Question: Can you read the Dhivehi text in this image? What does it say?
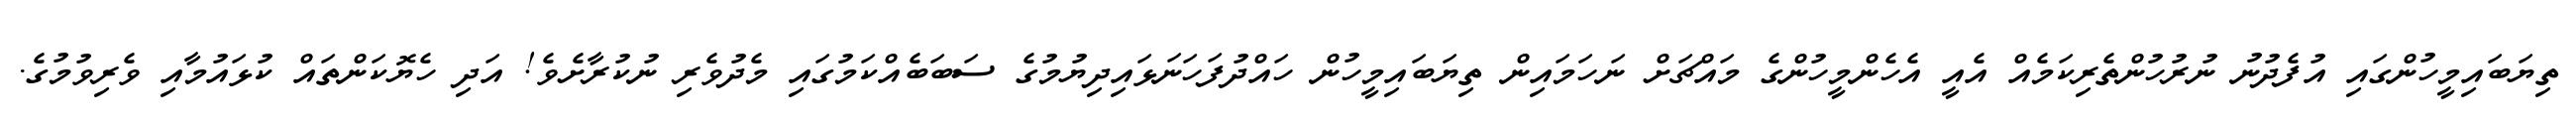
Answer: ތިޔަބައިމީހުންގައި އުފެދުނު ނުރުހުންތެރިކަމެއް އެއީ އެހެންމީހުންގެ މައްޗަށް ނަހަމައިން ތިޔަބައިމީހުން ހައްދުފަހަނަޅައިދިޔުމުގެ ސަބަބެއްކަމުގައި މެދުވެރި ނުކުރާށެވެ! އަދި ހެޔޮކަންތައް ކުޅައުމާއި ވެރިވުމުގެ.